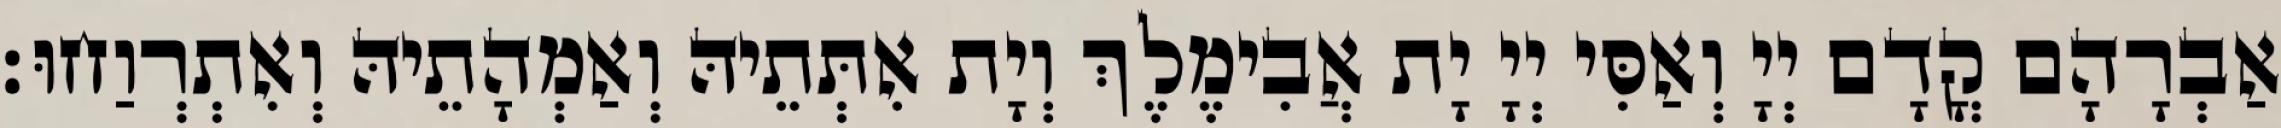
אַבְרָהָם קֳדָם יְיָ וְאַסִּי יְיָ יָת אֲבִימֶלֶךְ וְיָת אִתְּתֵיהּ וְאַמְהָתֵיהּ וְאִתְרְוַחוּ׃